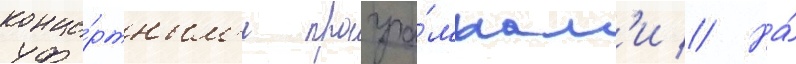
конце́ртным'и програ́ммам'и // На́